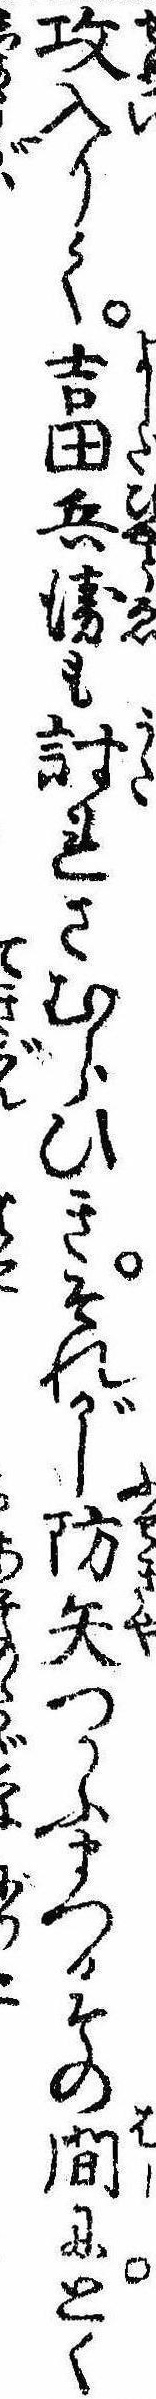
攻入りて吉田兵衛も討れさむらひきそれがし防矢つかふまつるその間にとく